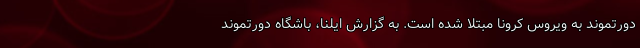
دورتموند به ویروس کرونا مبتلا شده است. به گزارش ایلنا، باشگاه دورتموند